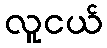
လူငယ်